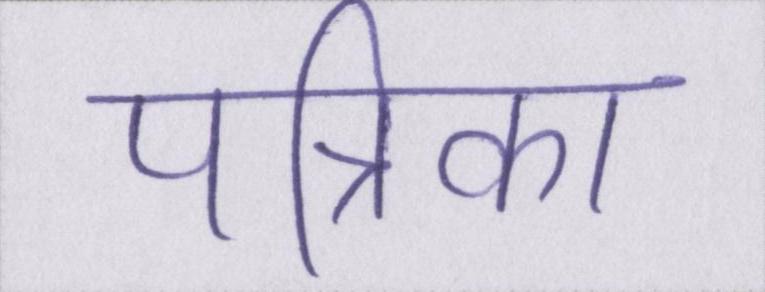
पत्रिका